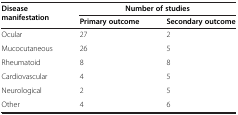
| <ROWSPAN=2> Disease manifestation | <COLSPAN=2> Number of studies |
 | Primary outcome | Secondary outcome |
 | --- | --- | --- |
 | Ocular | 27 | 2 |
 | Mucocutaneous | 26 | 5 |
 | Rheumatoid | 8 | 8 |
 | Cardiovascular | 4 | 5 |
 | Neurological | 2 | 5 |
 | Other | 4 | 6 |